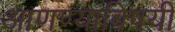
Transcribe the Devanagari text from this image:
आणण्याविषयी